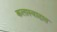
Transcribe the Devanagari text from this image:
कलास्वादात